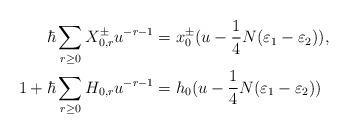
LaTeX: \begin{align*}\hbar \sum_{r \geq 0} X_{0,r}^{\pm} u^{-r-1} &= x_0^{\pm}(u - \dfrac{1}{4}N(\varepsilon_1 - \varepsilon_2)), \\1 + \hbar \sum_{r \geq 0} H_{0,r} u^{-r-1} &= h_0(u - \dfrac{1}{4}N(\varepsilon_1 - \varepsilon_2))\end{align*}